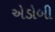
એડોબી